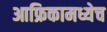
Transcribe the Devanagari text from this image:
आफ्रिकामध्येच